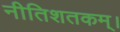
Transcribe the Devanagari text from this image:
नीतिशतकम्।